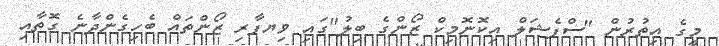
މީގެ އިތުރުން "ސްޕެޝަލް އިކޮނޮމިކް ޒޯންގެ ބިލު"ގައި ވިޔފާރި ޒޯންތައް ބެހިގެންދާނެ ގޮތާއި